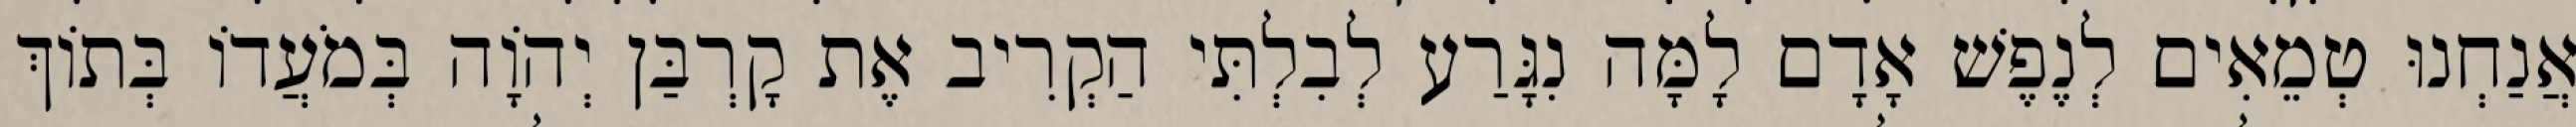
אֲנַחְנוּ טְמֵאִים לְנֶפֶשׁ אָדָם לָמָּה נִגָּרַע לְבִלְתִּי הַקְרִיב אֶת קָרְבַּן יְהוָֹה בְּמֹעֲדוֹ בְּתוֹךְ